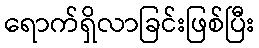
ရောက်ရှိလာခြင်းဖြစ်ပြီး